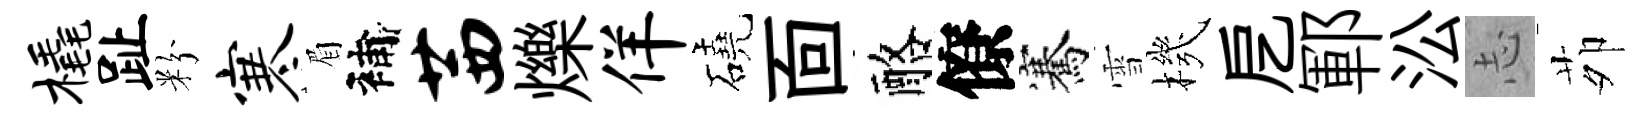
橇趾粉寒眉補茜爍佯磽靣酪僚騫雪機戹鄆㳂𢖽茆